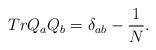
LaTeX: \begin{align*}TrQ_aQ_b=\delta_{ab}-\frac{1}{N}.\end{align*}